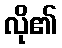
လို၏